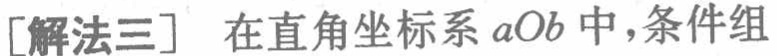
[解法三] 在直角坐标系\(aOb\)中，条件组